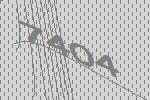
7404